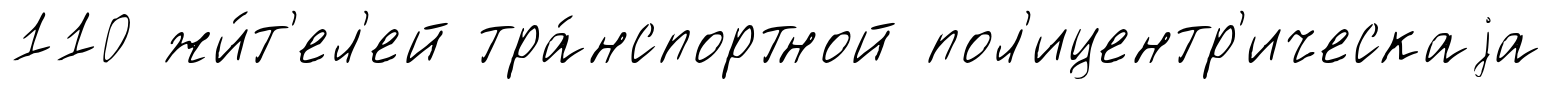
110 жи́т'ел'ей тра́нспортной пол'ицентр'ическаjа